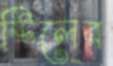
স্টিলের